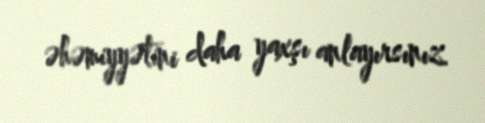
əhəmiyyətini daha yaxşı anlayırsınız.